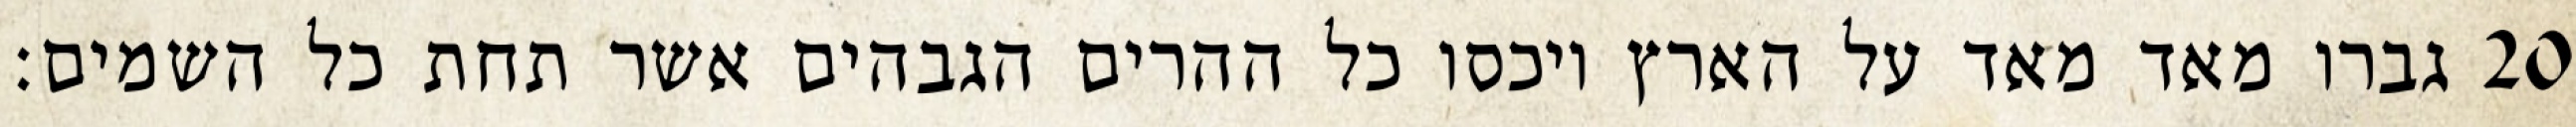
גברו מאד מאד על הארץ ויכסו כל ההרים הגבהים אשר תחת כל השמים׃ ‎20‏